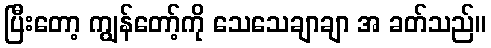
ပြီးတော့ ကျွန်တော့်ကို သေသေချာချာ အ ခတ်သည်။